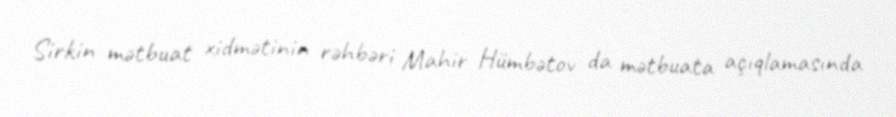
Sirkin mətbuat xidmətinin rəhbəri Mahir Hümbətov da mətbuata açıqlamasında